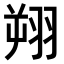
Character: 𫅦